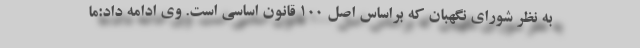
به نظر شورای نگهبان که براساس اصل ۱۰۰ قانون اساسی است. وی ادامه داد:ما